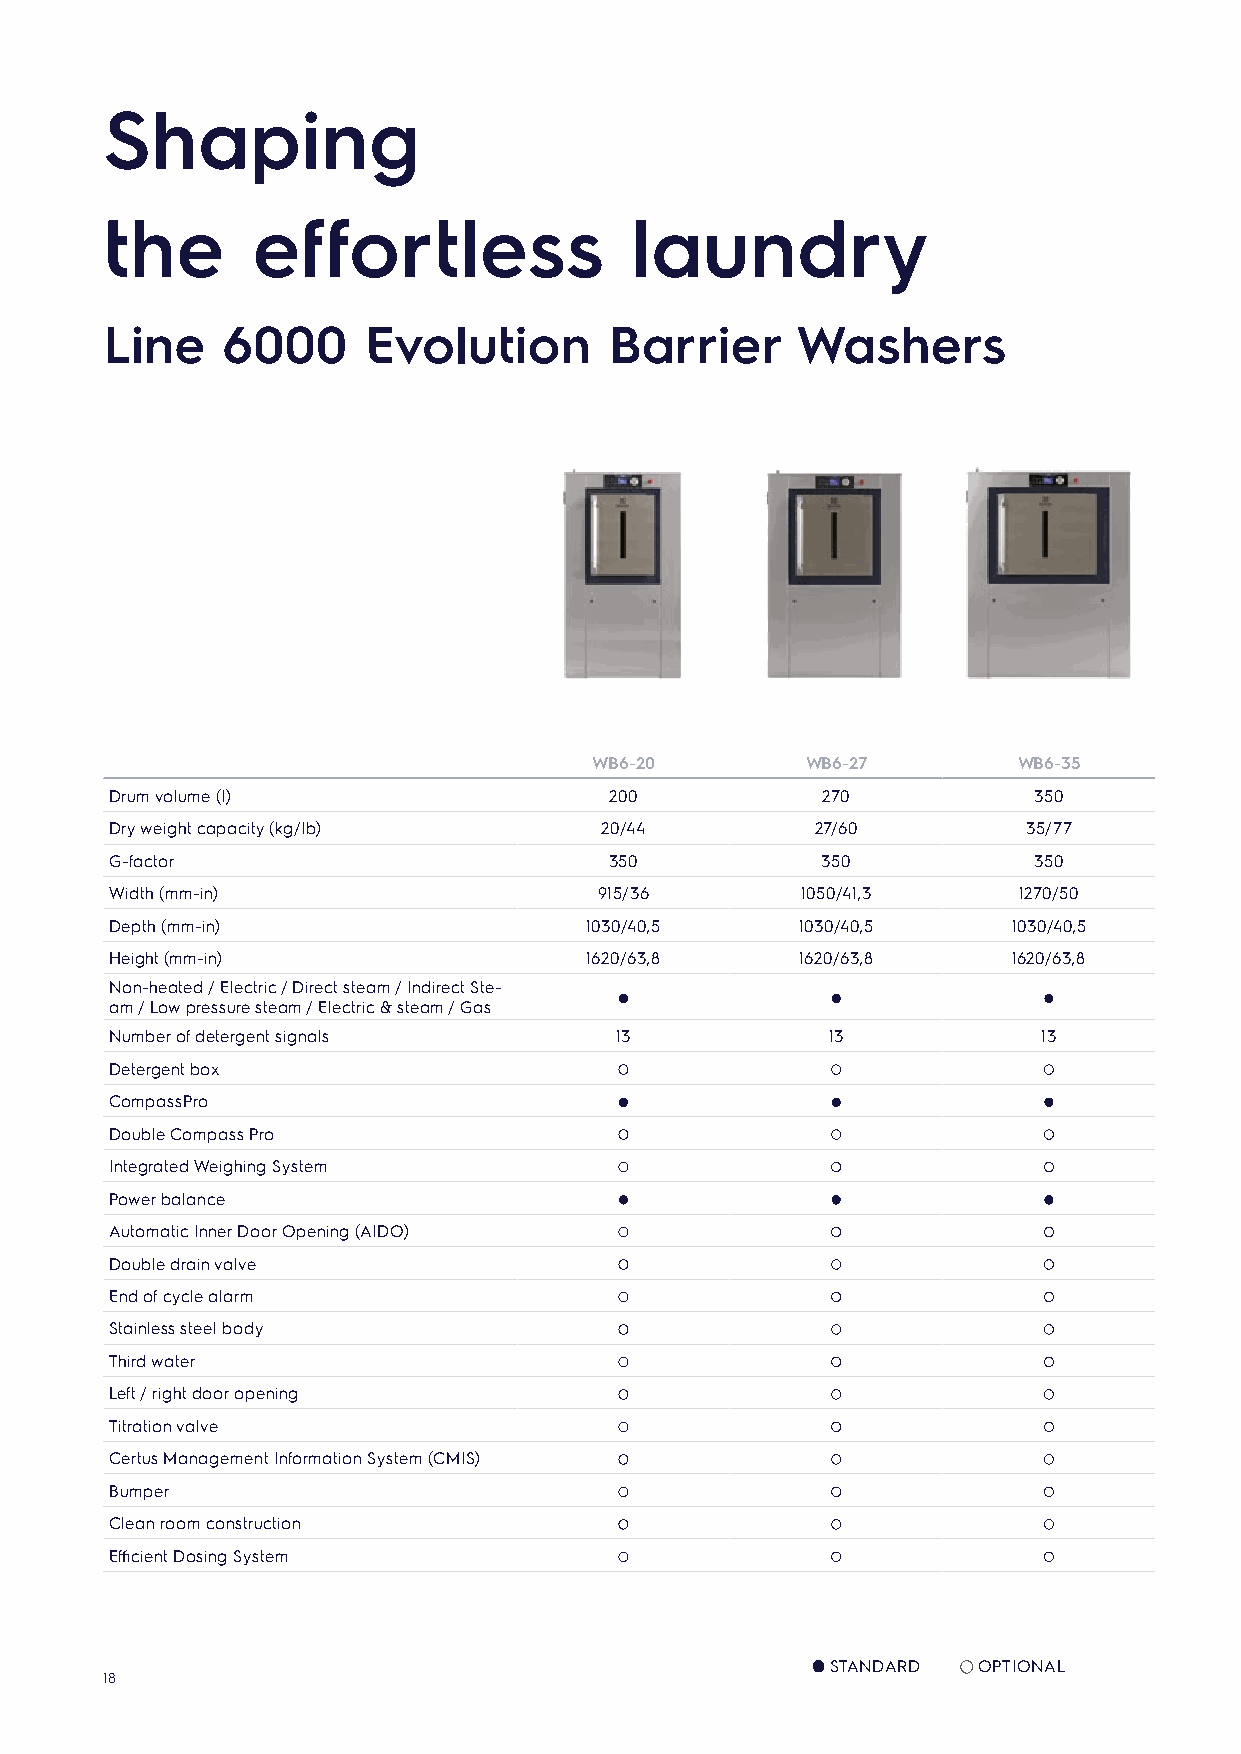
Shaping
 the       effortless               laundry
 Line    6000     Evolution       Barrier      Washers
 WB6-20        WB6-27        WB6-35
 Drum volume (l)                  200           270           350
 Dry weight capacity (kg/lb)      20/44         27/60         35/77
 G-factor                         350           350           350
 Width (mm-in)                    915/36       1050/41,3     1270/50
 Depth (mm-in)                   1030/40,5     1030/40,5     1030/40,5
 Height (mm-in)                  1620/63,8     1620/63,8     1620/63,8
 Non-heated / Electric / Direct steam / Indirect Ste-
 am / Low pressure steam / Electric & steam / Gas
 Number of detergent signals       13            13            13
 Detergent box
 CompassPro
 Double Compass Pro
 Integrated Weighing System
 Power balance
 Automatic Inner Door Opening (AIDO)
 Double drain valve
 End of cycle alarm
 Stainless steel body
 Third water
 Left / right door opening
 Titration valve
 Certus Management Information System (CMIS)
 Bumper
 Clean room construction
 Efficient Dosing System
 STANDARD  OPTIONAL
 18